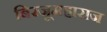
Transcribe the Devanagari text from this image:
बिरजूमहाराज